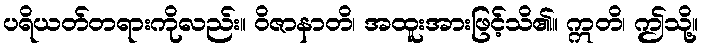
ပရိယတ်တရားကိုလည်း။ ဝိဇာနာတိ၊ အထူးအားဖြင့်သိ၏။ ဣတိ၊ ဤသို့။